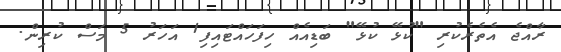
ރާއްޖެ އެތެރެކުރި "ކުޅޭ ކުޅޭ" ބަޑިއެއް ހިފަހައްޓައިފި1 އަހަރު 5 މަސް ކުރިން.